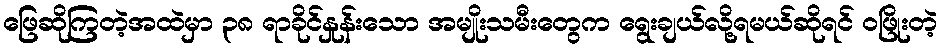
ဖြေဆိုကြတဲ့အထဲမှာ ၃၈ ရာခိုင်နှုန်းသော အမျိုးသမီးတွေက ရွေးချယ်လို့ရမယ်ဆိုရင် ဝဖြိုးတဲ့